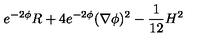
e ^ { - 2 \phi } R + 4 e ^ { - 2 \phi } ( \nabla \phi ) ^ { 2 } - { \frac { 1 } { 1 2 } } H ^ { 2 }